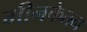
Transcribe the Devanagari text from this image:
मीनकेतन